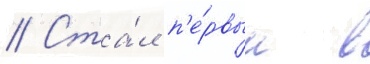
// Ста́л п'е́рвым в